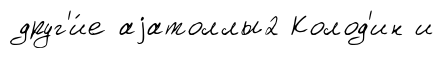
друг'и́е аjатоллы2 Колод'ин и